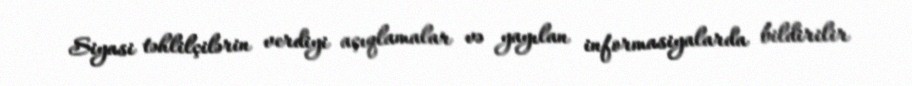
Siyasi təhlilçilərin verdiyi açıqlamalar və yayılan informasiyalarda bildirilir